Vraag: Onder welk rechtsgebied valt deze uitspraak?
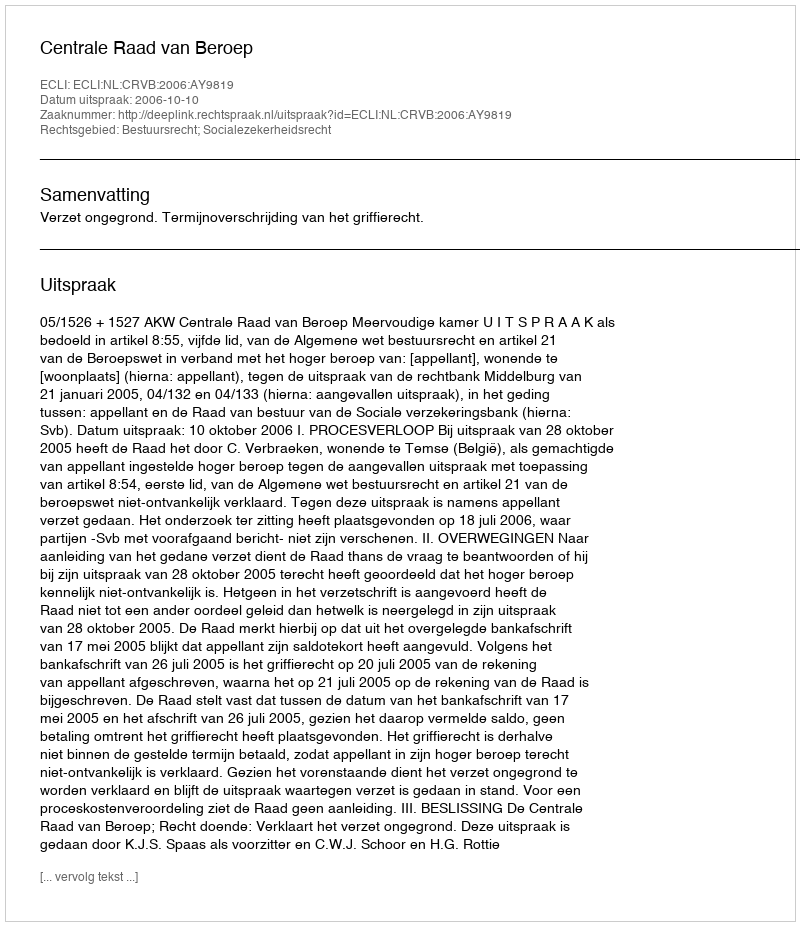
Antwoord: Bestuursrecht; Socialezekerheidsrecht